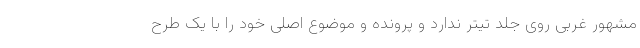
مشهور غربی روی جلد تیتر ندارد و پرونده و موضوع اصلی خود را با یک طرح